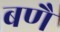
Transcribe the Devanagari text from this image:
बणै